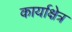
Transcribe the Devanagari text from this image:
कार्याक्षेत्र